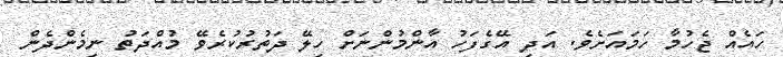
ހައެއް ޖެހުމާ ހަމައަށެވެ. އަދި އޭގެފަހު އާންމުންނަށް ހިލޭ ދަތުރުކުރެވޭ މުއްދަތު ނިމެންދެން